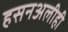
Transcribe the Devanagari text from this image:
हसनअलीही